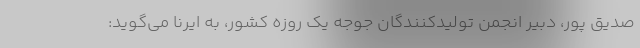
صدیق پور، دبیر انجمن تولیدکنندگان جوجه یک روزه کشور، به ایرنا می‌گوید: